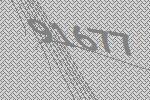
91677